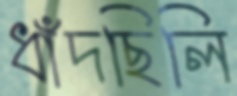
ধাঁদছিলি